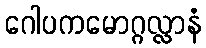
ဂေါပကမောဂ္ဂလ္လာနံ